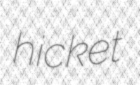
hicket